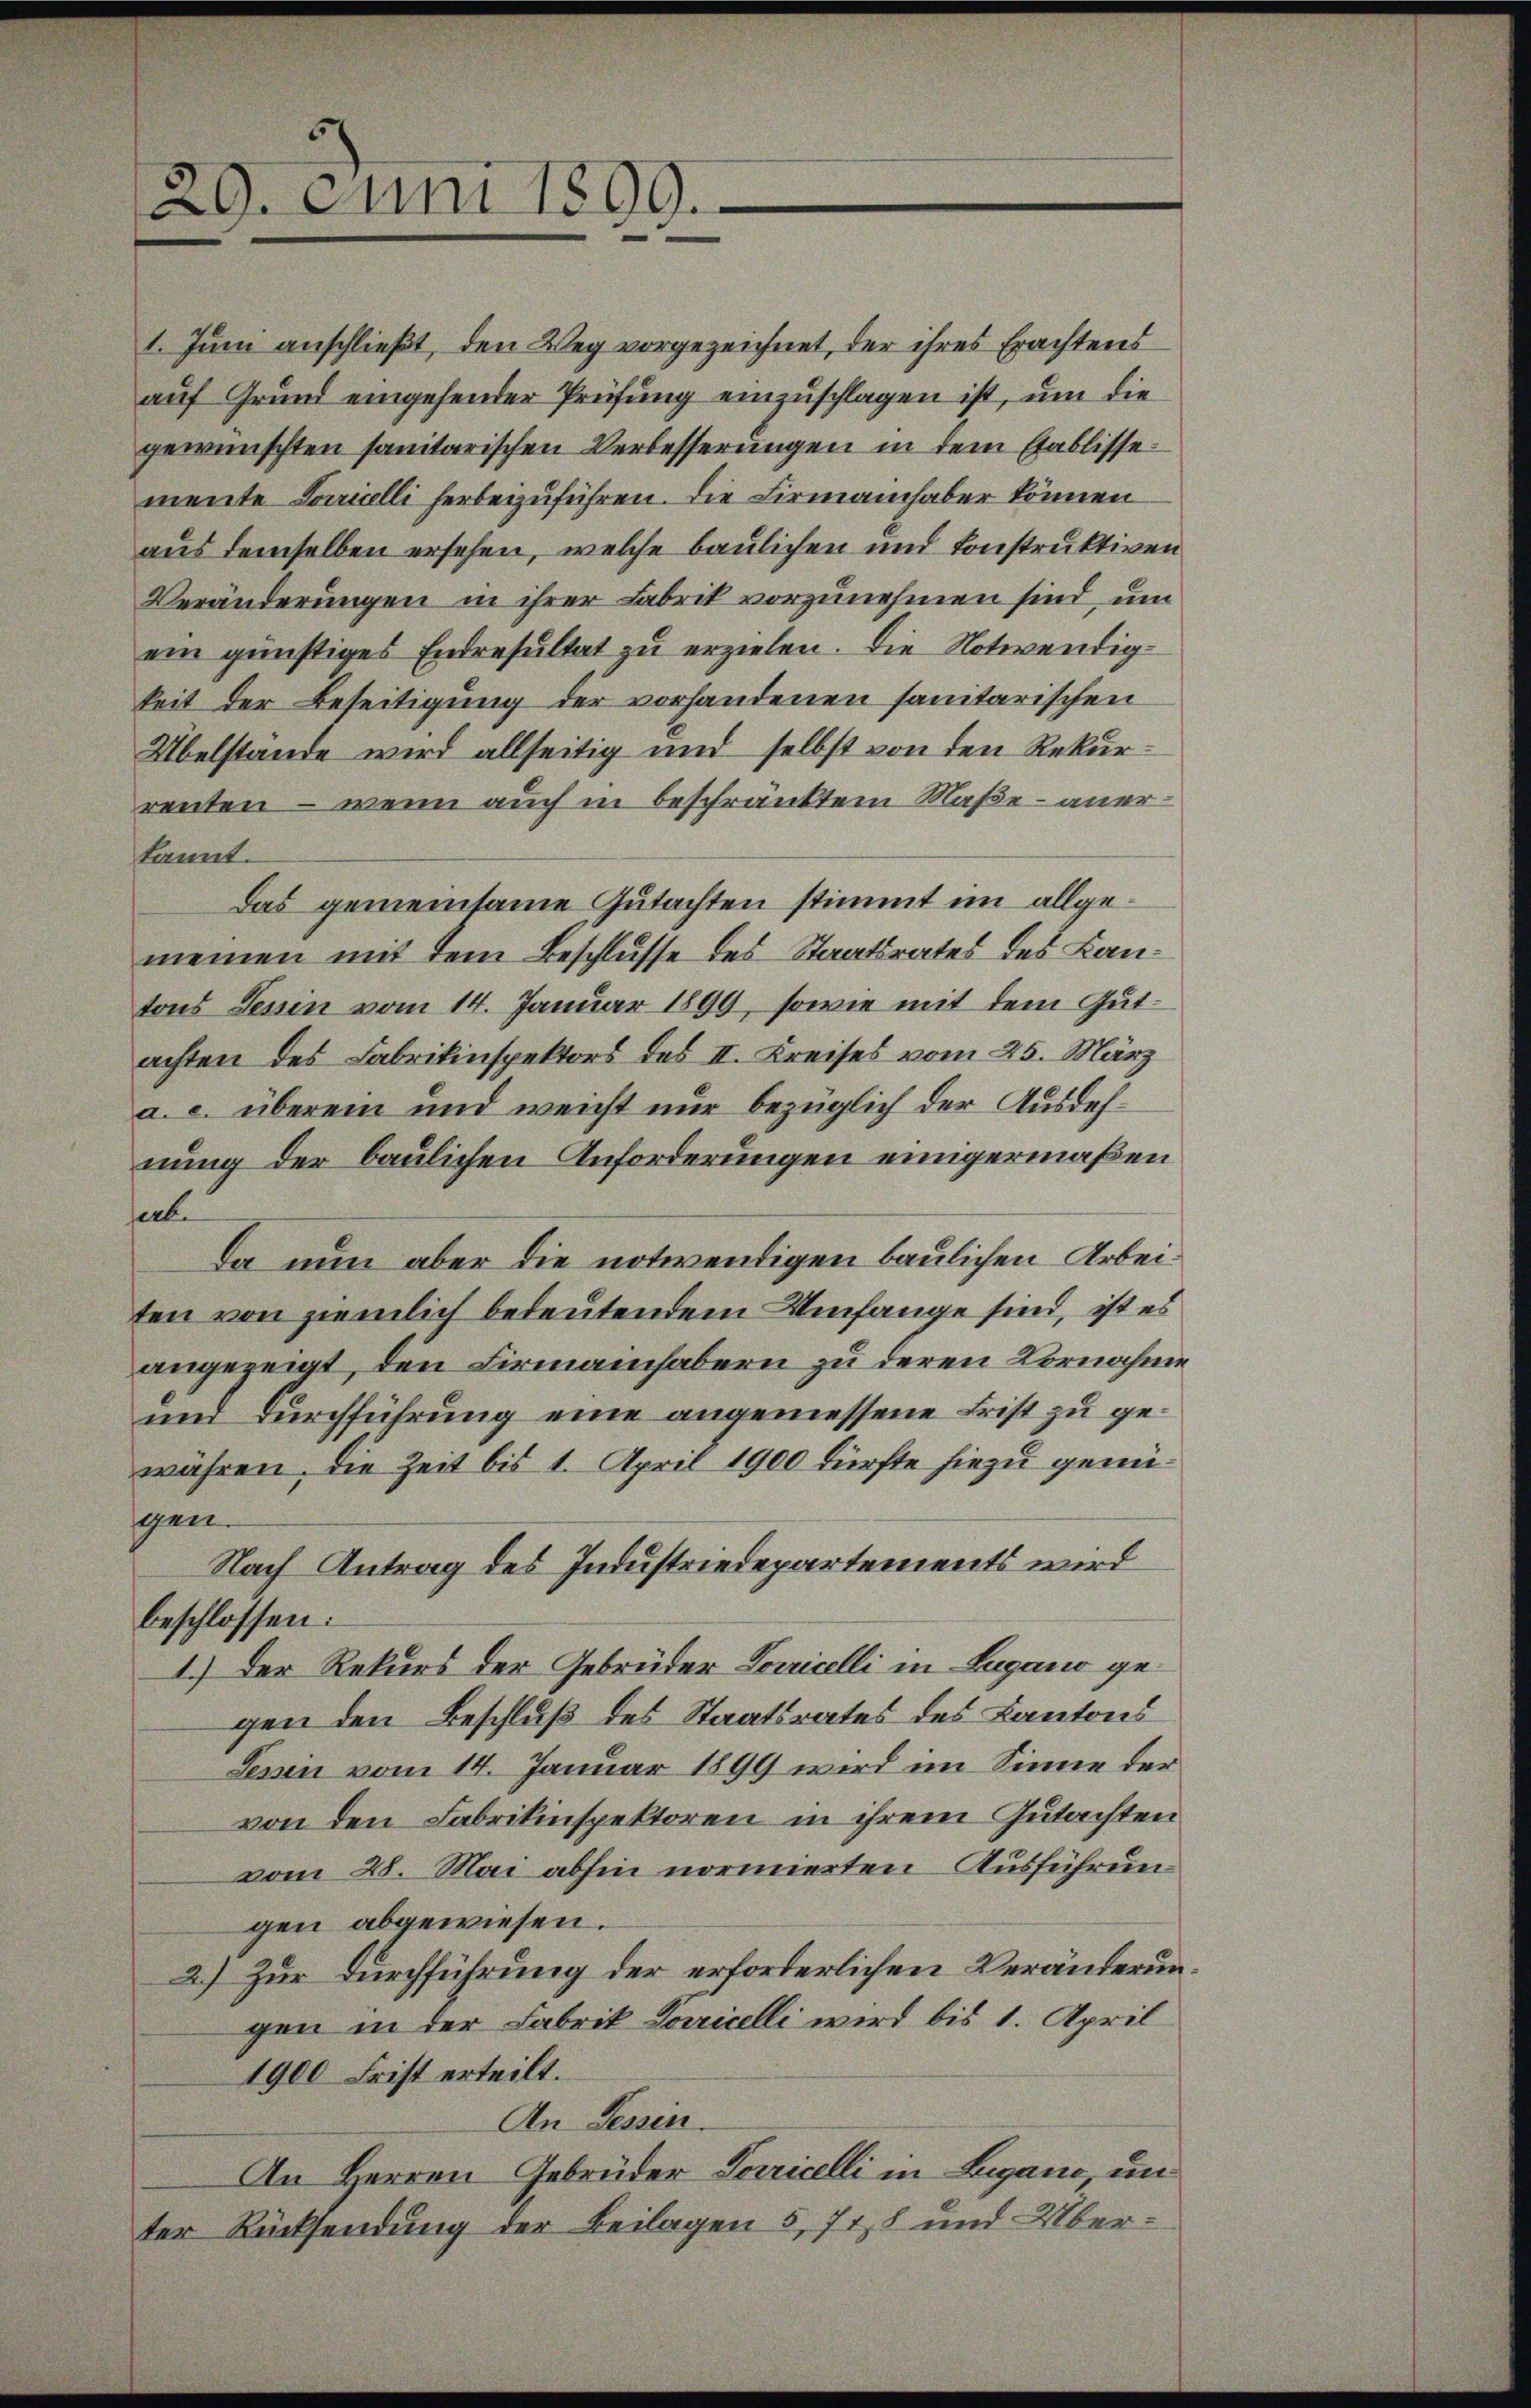
29. Juni 1899.

renten – wenn auch in beschränktem Maße anerkannt.
Das gemeinsame Gutachten stimmt im allgemeinen mit dem Beschlusse des Staatsrates des Lantons Tessin vom 14. Januar 1899, sowie mit dem Gutachten des Fabrikinspektors des II. Kreises vom 25. März
a. c. überein und weicht nur bezüglich der Ausdehnung der baulichen Anforderungen einigermaßen
serbe
Da nun aber die notwendigen baulichen Arbeiten von ziemlich bedeutendem Umfange sind, ist es
angezeigt, den Firmainhabern zu deren Vornahme
und Durchführung eine angemessene Frist zu gewahren, die Zeit bis 1. April 1900 dürfte hiezu genügen.
Nach Antrag des Industriedepartements wird
beschlossen:
1.) Der Rekurs der Gebrüder Lorricelli in Lugano gegen den Beschluß des Staatsrates des Kantons
Tessin vom 14. Januar 1899 wird im Sinne der
von den Fabrikinspektoren in ihrem Gutachten
vom 28. Mai abhin normierten Ausführungen abgewiesen.
2.) Zur Durchführung der erforderlichen Veränderungen in der Fabrik Corricelli wird bis 1. April
1900 Frist erteilt.
An Tessin.
An Herren Gebrüder Paricelli in Lugano, unter Rücksendung der Beilagen 5, 718 und Über¬

1. Juni anschließt, den Weg vorgezeichnet, der ihres Erachtens
auf Grund eingehender Prüfung einzuschlagen ist, um die
gewünschten sanitarischen Verbesserungen in dem Gablissemente Lauricelli herbeizuführen. Die Firmanch aber können
aus demselben ersehen, welche baulichen und konstruktiven
Veränderungen in ihrer Fabrik vorzunehmen sind, um
ein günstiges Endresultat zu erzielen. Die Notwendigkeit der Beseitigung der vorhandenen sanitarischen
Übelstande wird allseitig und selbst von den Rekur¬